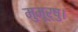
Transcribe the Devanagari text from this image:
मुमूर्षु।